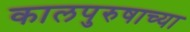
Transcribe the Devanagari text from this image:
कालपुरुषाच्या